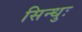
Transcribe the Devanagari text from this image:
सिन्धुः